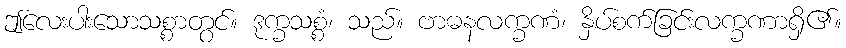
ဤလေးပါးသောသစ္စာတွင်။ ဒုက္ခသစ္စံ၊ သည်။ ဗာဓနလက္ခဏံ၊ နှိပ်စက်ခြင်းလက္ခဏာရှိ၏။